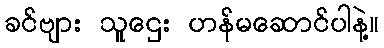
ခင်ဗျား သူဌေး ဟန်မဆောင်ပါနဲ့။